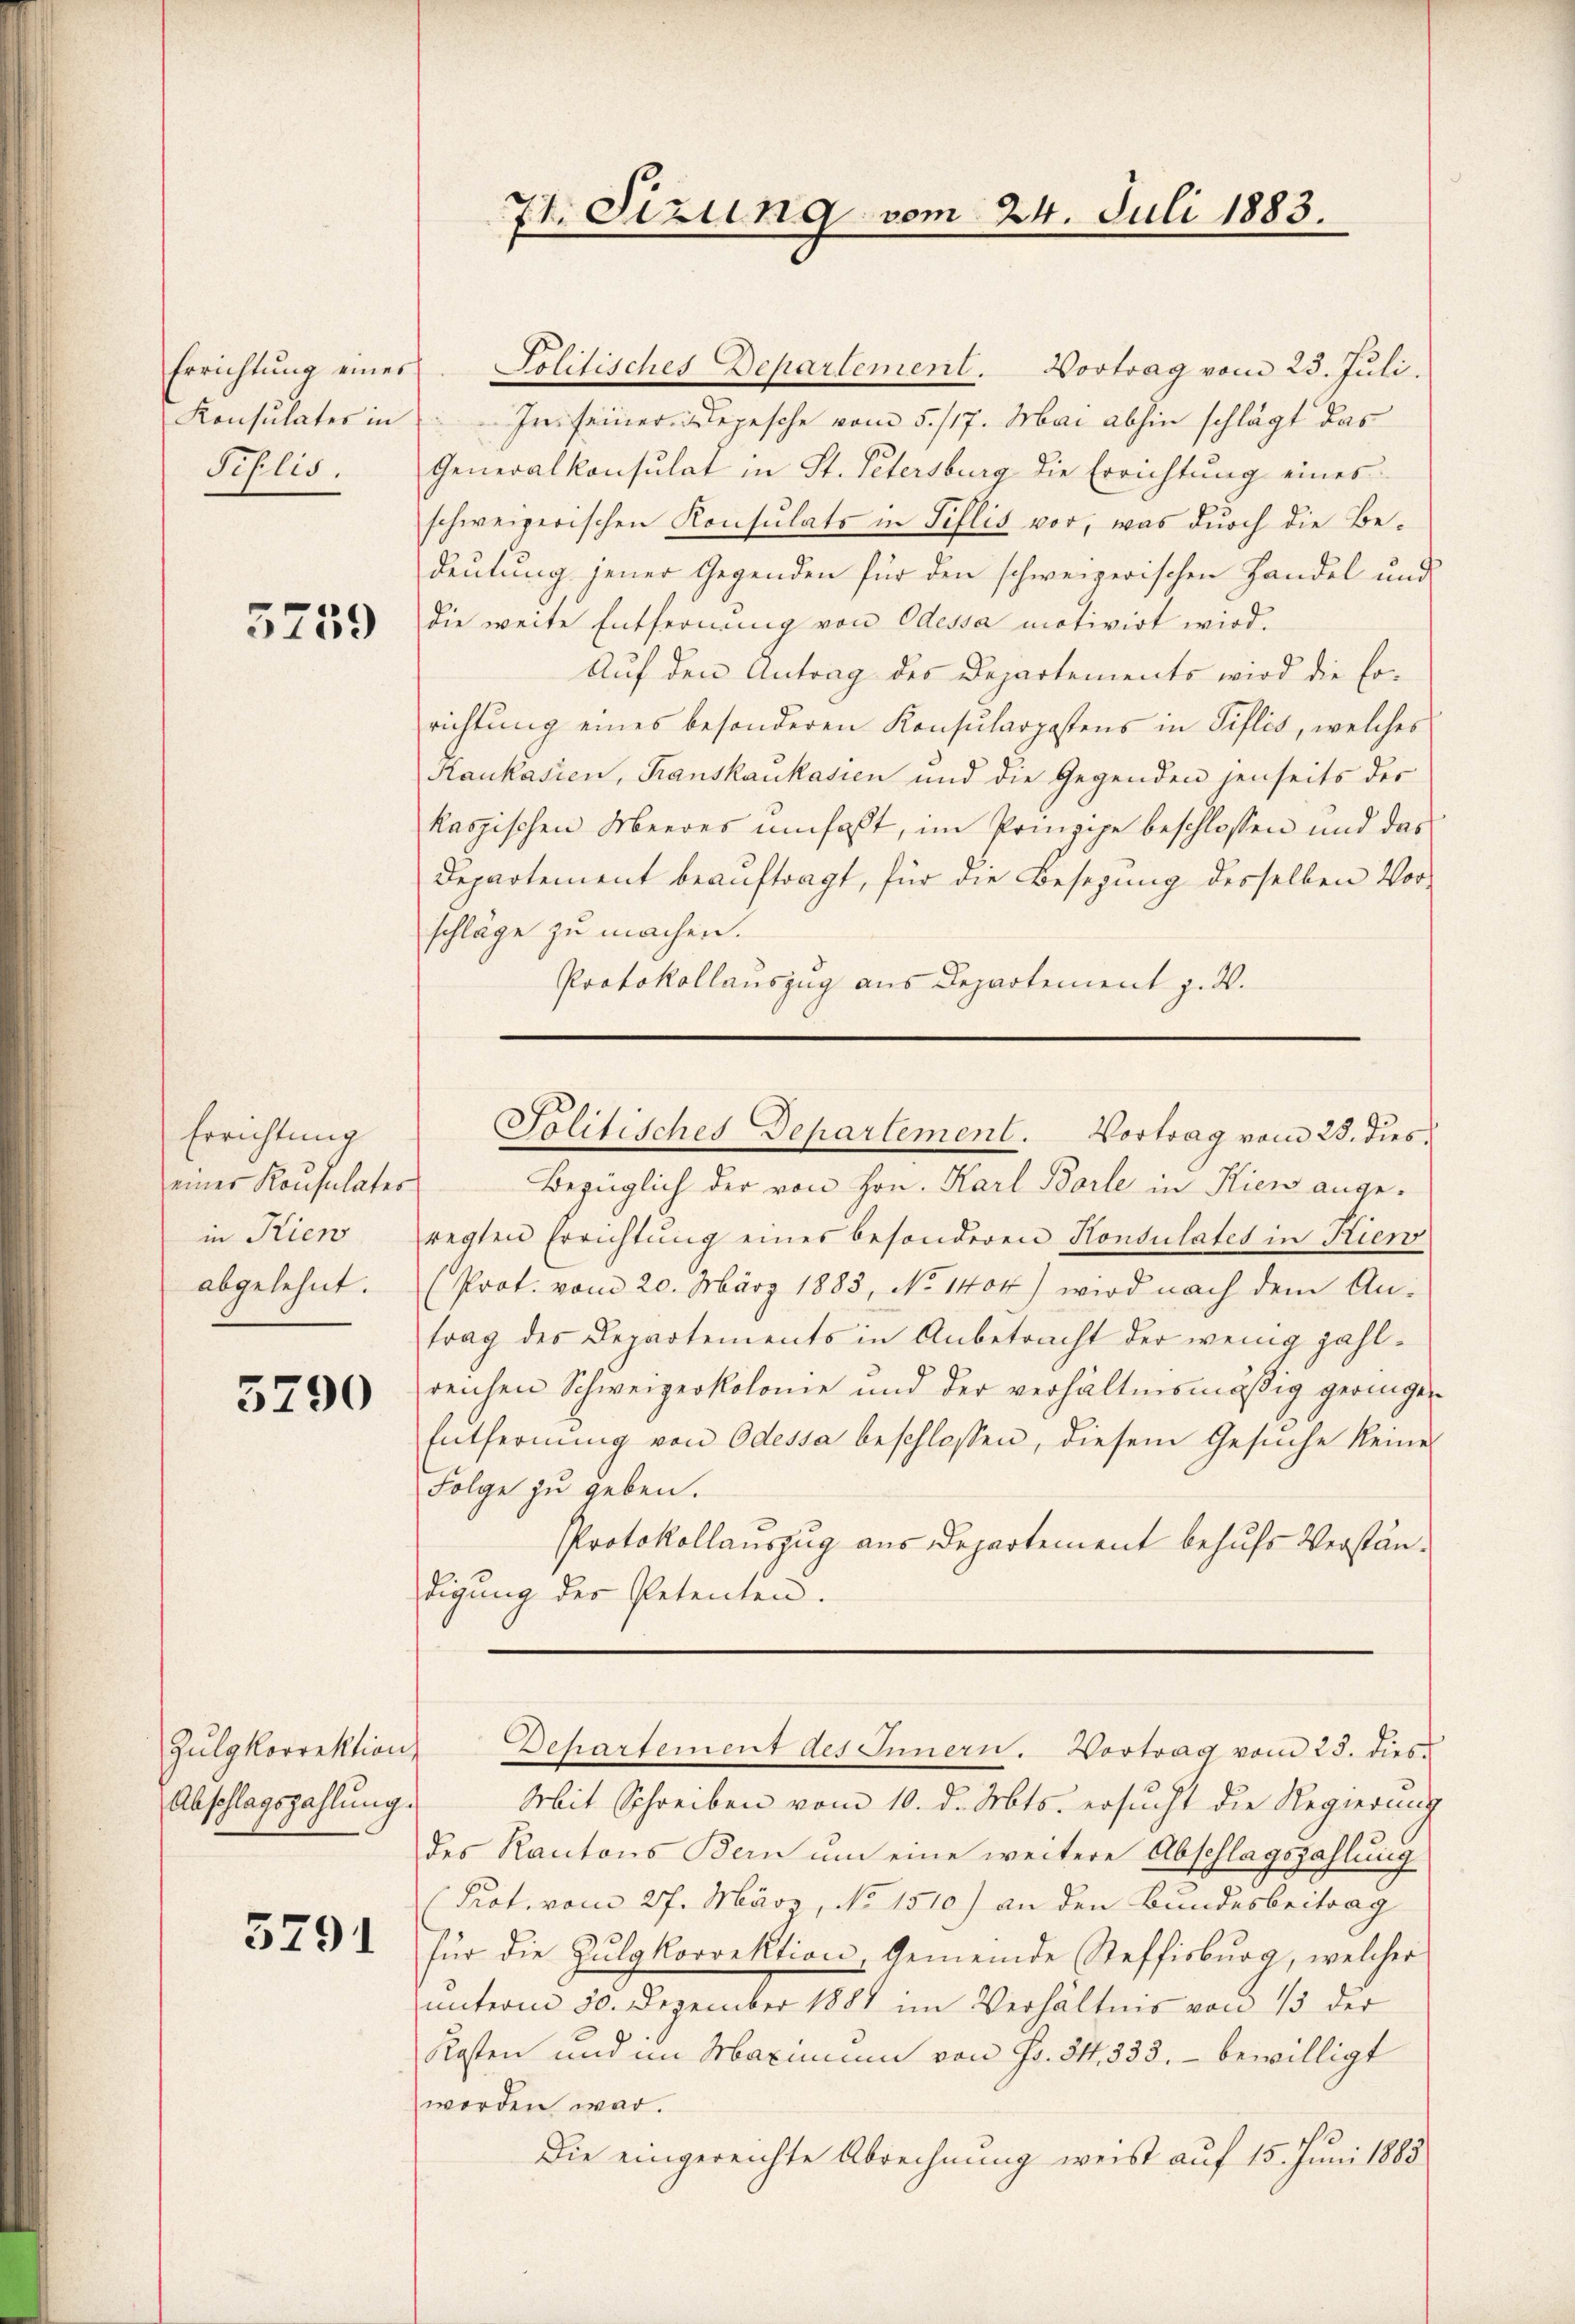
Errichtung eines
Konsulates in
Schlis,

5759

Errichtung
einer Konsulates
in Kien
abgelehnt.

5790

Zulgkorrektion
Abschlagszahlung.

5791

7t. Sizung vom 24. Juli 1883.

Politisches Departement. Vortrag vom 23. Juli.
In seiner Depesche vom 5. 117. Mai abhin schlägt das
Generalkonsulat in St. Petersburg die Errichtung eines
schweizerischen Konsulats in Tillis vor, was durch die Bedeutung jener Gegenden für den schweizerischen Handel und
die weite Entfernung von Odessa motivirt wird.
Auf den Antrag des Departements wird die Errichtung eines besonderen Konsularpostens in Tillis, welches
Raukasien, Trauskaukasien und die Gegenden jenseits der
kaspischen Meeres umfaßt, im Prinzipe beschlossen und das
Departement beaŭftragt, für die Besezung desselben Vor-
schläge zu machen.
Protokollauszug aus Departement z. B.
Bezüglich der von Hrn. Karl Borle in Kien angeregten Errichtung eines besonderen Konsulates in Kien
(Prot. vom 20. März 1883, No 1404) wird nach dem Antrag des Departements in Anbetracht der wenig zahlreichen Schweizerkolome und der verhältnismäßig geringe¬
Entfernung von Odessa beschlossen, diesem Gesuche keine
Folge zu geben.
Protokollauszug aus Departement behufs Verständigung der Petenten.
Dehartement des Innern. Vortrag vom 23. dies
Mit Schreiben vom 10. d. Mts. ersucht die Regierung
des Kantons Bern um eine weitere Abschlagszahlung
Prot. vom 27. März, No 1510.) an den Bundesbeitrag
für die Zŭlgkorrektion, Gemeinde Steffisburg, welcher
unterm 30. Dezember 1881 im Verhältnis von 15 der
Kosten und im Maximum von Fr. 31. 333. - bewilligt
worden war.
Die eingereichte Abrechnung weist auf 15. Juni 1883

Politisches Departement. Vortrag vom 23. dies